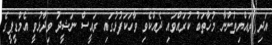
އަދި ރައްޔިތުންނާ މުޚާތަބު ކުރައްވައި ދެއްކެވި ވާހަކަފުޅުގައި ރައީސް ނަޝީދު ވިދާޅުވީ އެމްޑީޕީގެ